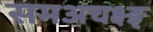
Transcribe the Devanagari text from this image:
समअचक्ष्ङ्